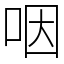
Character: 咽